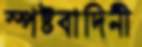
স্পষ্টবাদিনী